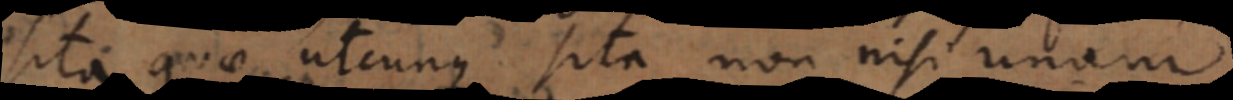
[loca] quae utcunque sita non nisi unam